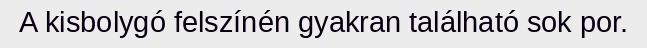
A kisbolygó felszínén gyakran található sok por.